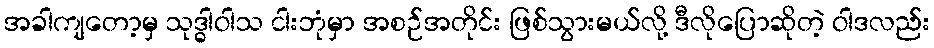
အခါကျတော့မှ သုဒ္ဓါဝါသ ငါးဘုံမှာ အစဉ်အတိုင်း ဖြစ်သွားမယ်လို့ ဒီလိုပြောဆိုတဲ့ ဝါဒလည်း